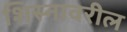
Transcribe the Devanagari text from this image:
शिस्नावरील